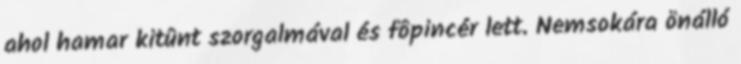
ahol hamar kitûnt szorgalmával és fôpincér lett. Nemsokára önálló